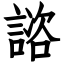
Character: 諮